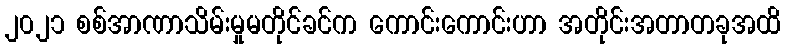
၂၀၂၁ စစ်အာဏာသိမ်းမှုမတိုင်ခင်က ကောင်းကောင်းဟာ အတိုင်းအတာတခုအထိ